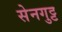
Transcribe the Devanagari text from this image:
सेनगुट्ट